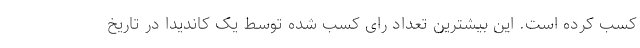
کسب کرده است. این بیشترین تعداد رای کسب شده توسط یک کاندیدا در تاریخ